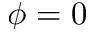
\phi = 0